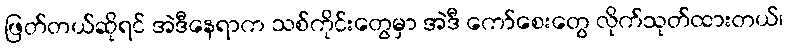
ဖြတ်တယ်ဆိုရင် အဲဒီနေရာက သစ်ကိုင်းတွေမှာ အဲဒီ ကော်စေးတွေ လိုက်သုတ်ထားတယ်၊